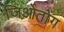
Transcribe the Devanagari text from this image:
जिओतोंग